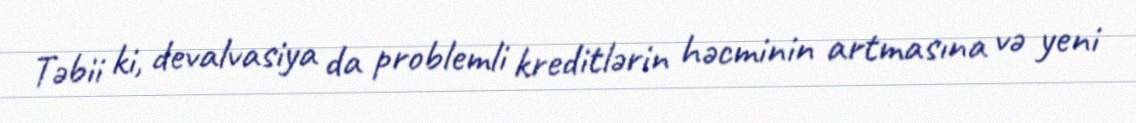
Təbii ki, devalvasiya da problemli kreditlərin həcminin artmasına və yeni